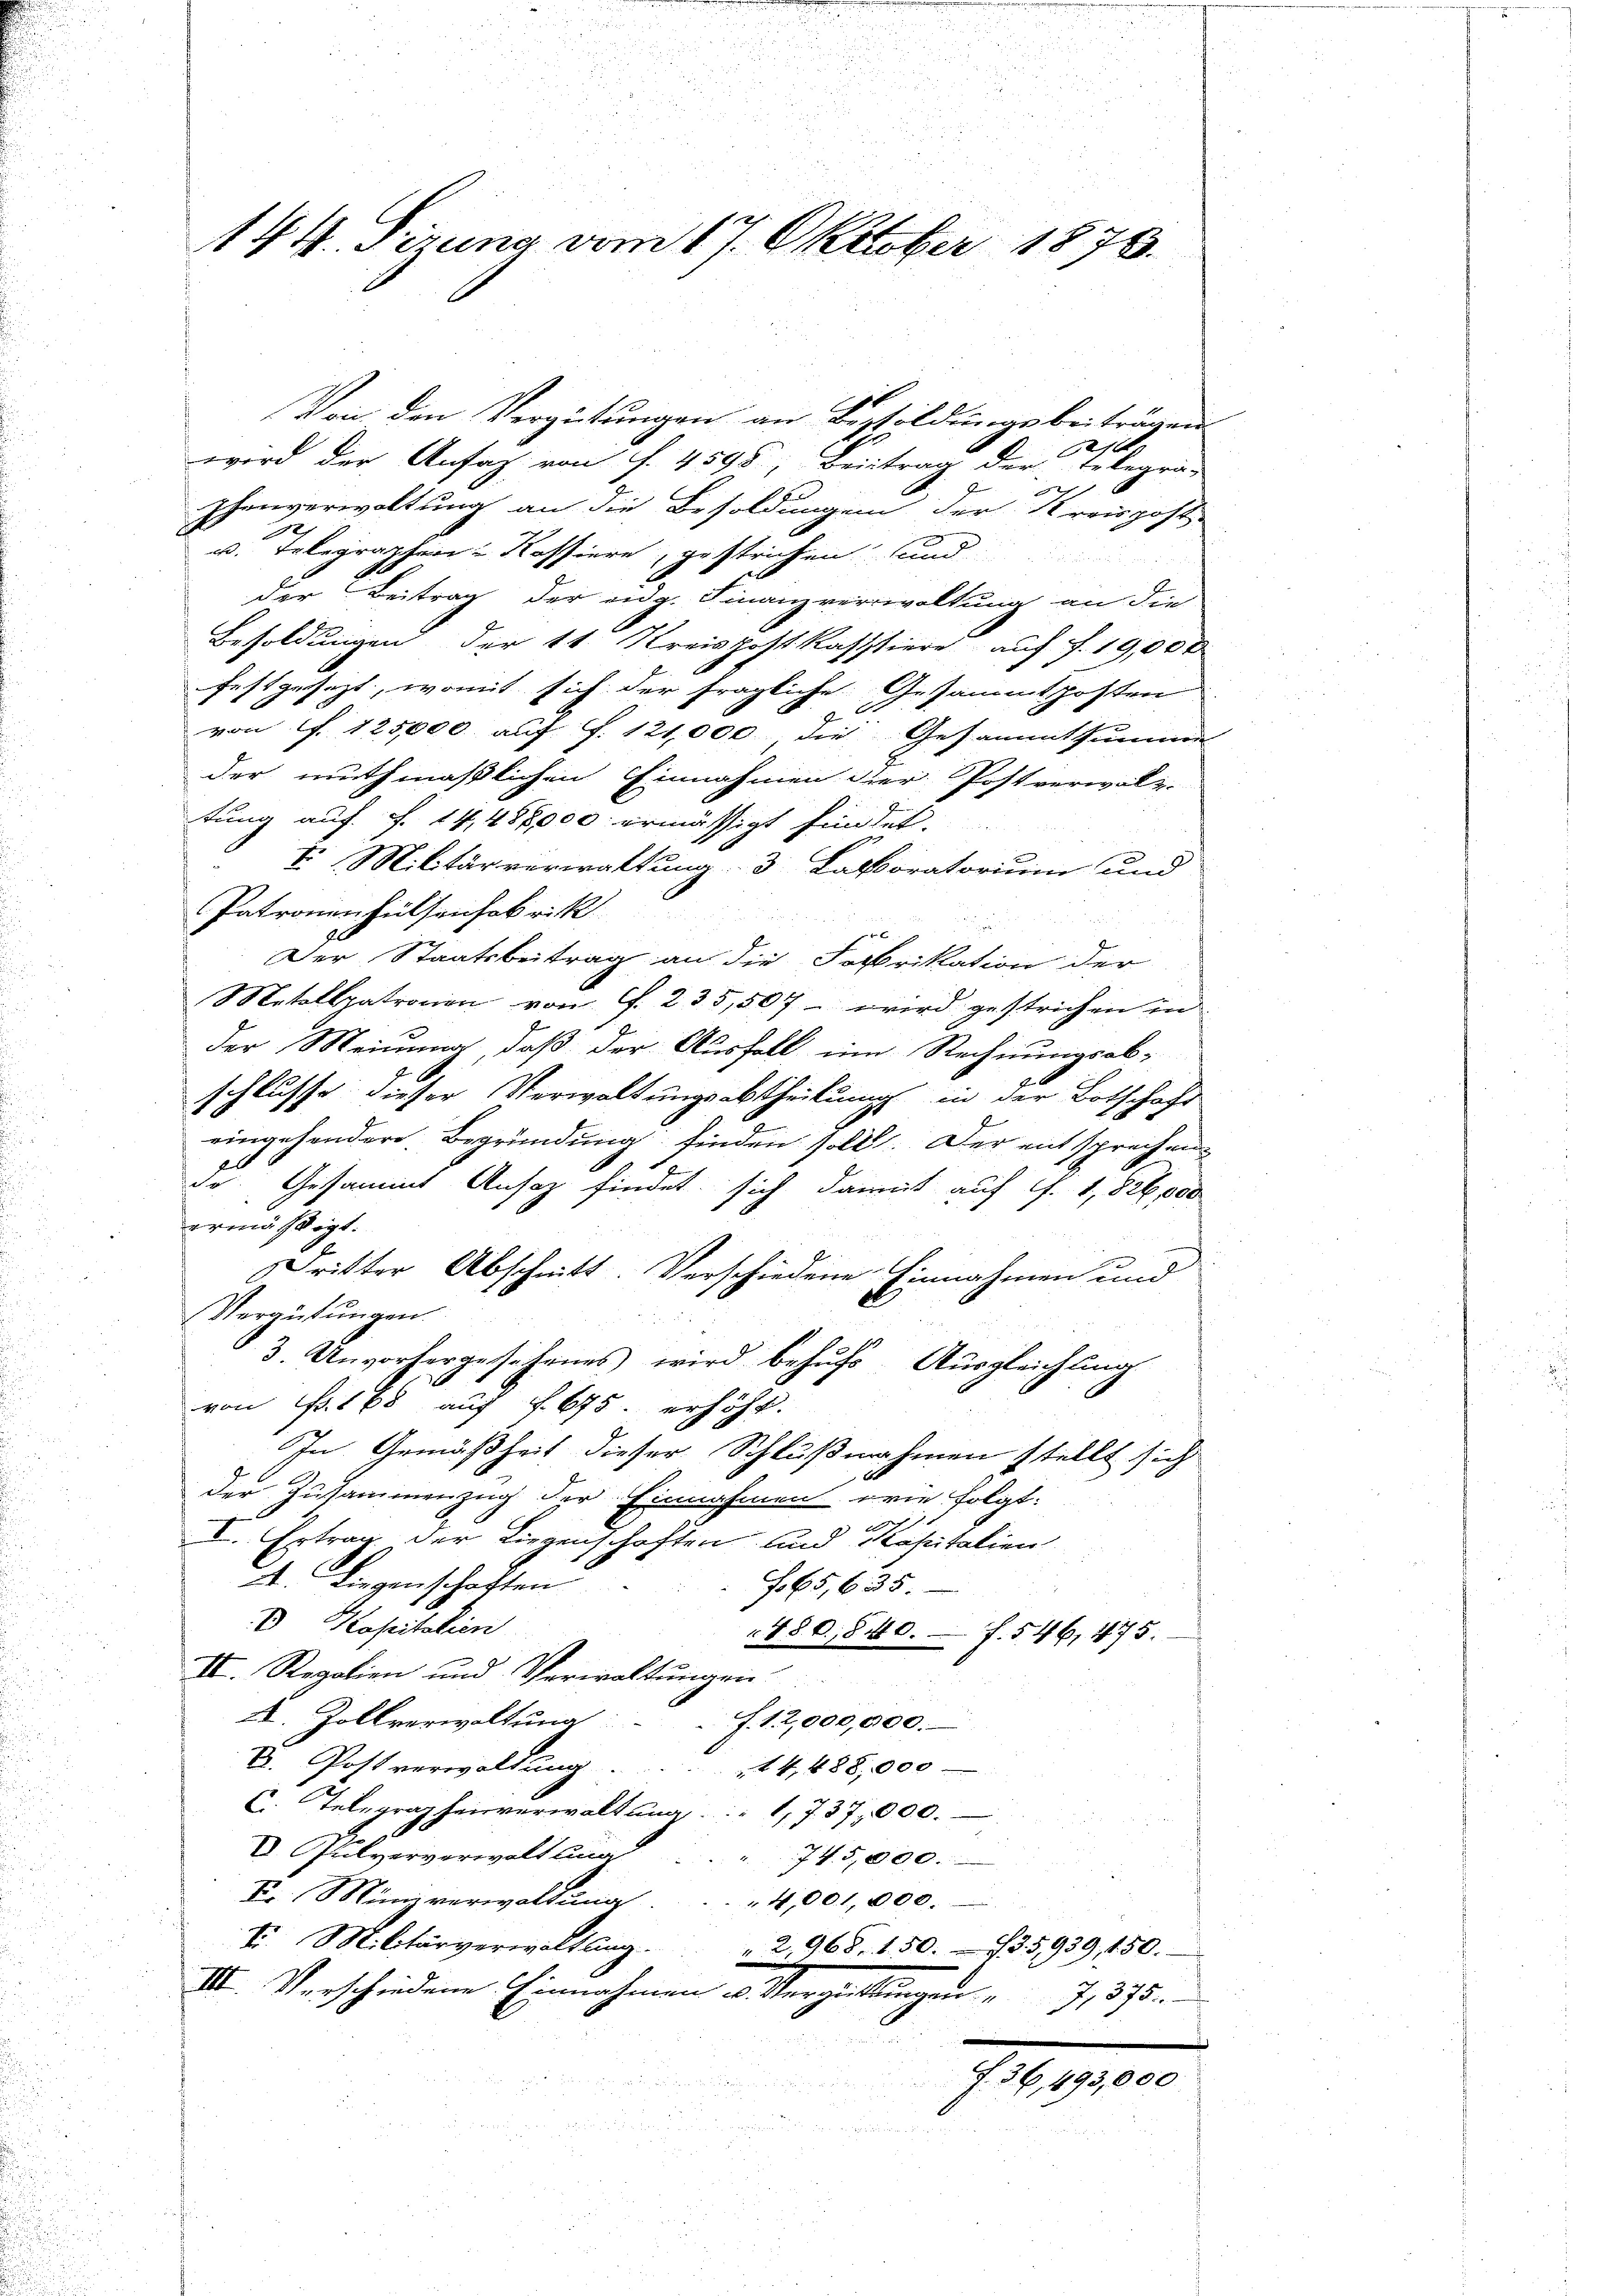
144. Sirung vom 17. Oktober 1876.

Von den Vergütungen an Besoldungsbeiträgen
x
wird der Ansag, von f. 4598, Beitrag der Telegra-

phenverwaltung an die Besoldungen der Kreispost
u. Telegraphen Kassiere, gestrichen und
der Beitrag der eng. Finanzverwaltung an die
Besoldungen der 11. Kreispostkaststiere auf f. 19,000
festgesezt, womit sich der fragliche Gesammtposten
von f. 125,000 auf S. 121,000 die Gesammtsumme
der muthmaßlichen Einnahmen hier Postverwalz-
tung auf S. 14,486,000 ermässigt findet.
E Militärverwaltung 3 Laboratorium und
Patronenheilsenfabrik
0
Der Staatsbeitrag an die Sostrikation der
Metallpatronen von G. 235,507 wird gestrichen in
der Meinung, daß der Ausfall im Rechnungsab-
schlusse dieser Verwaltungsabtheilung in der Botschaft
eingehendere Begründung finden soll. Der entsprechen
b
A

Gesammt Ansaz findet sich damit auf G. 1,826,000
ermäßigt.
Dritter Abschnitt. Verschiedene Einnahmen und
Vergütungen.
3. Unvorhergesehenes wird behufs Ausgleichung
von Fr. 168 auf f. 675 erhöht.
In Gemäßheit dieser Schlußnahmen stellt sich
der Zusammenzug der Einnahmen wie folgt:
g
D. Ertrag der Liegenschaften und Kapitalien
A. Liegenschaften
f65,635
D Kapitalien
480, 840. f. 546, 475.
II. Regalien und Verwaltungen.
X. Zollverwaltung
f. 12,000,000.
C. Postverwaltung
14. 488,000
C. Telegrapheisverwaltung, 1737,000.
V. Pulververwalt ling
745,000.
Fr. Münzverwaltung
4,001,000.
I. Militärverwaltling " 2,968. 150. 735,939, 150.
III. Verschiedene Einnahmen u. Vergrettungen " 1375.
1.6.191600.